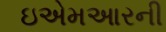
ઇએમઆરની